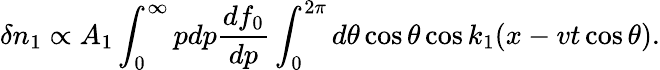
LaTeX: \delta n_{1}\propto A_{1}\int_{0}^{\infty}pdp\frac{df_{0}}{dp}\int_{0}^{2\pi}d\theta\cos\theta\cos k_{1}(x-vt\cos\theta).